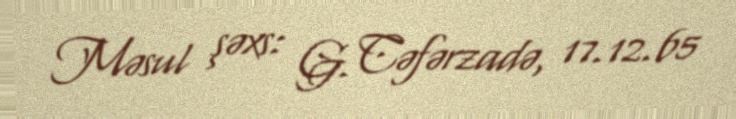
Məsul şəxs: G. Cəfərzadə, 17.12.65